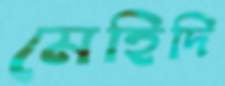
মেহিদি